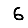
Digit: 6